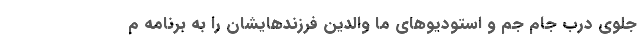
جلوی درب جام جم و استودیوهای ما والدین فرزندهایشان را به برنامه م